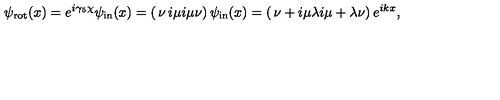
\psi _ { \mathrm { r o t } } ( x ) = e ^ { i \gamma _ { 5 } \chi } \psi _ { \mathrm { i n } } ( x ) = \left( \begin{matrix} { \nu } & { i \mu } \\ { i \mu } & { \nu } \\ \end{matrix} \right) \psi _ { \mathrm { i n } } ( x ) = \left( \begin{matrix} { \nu + i \mu \lambda } \\ { i \mu + \lambda \nu } \\ \end{matrix} \right) e ^ { i k x } ,